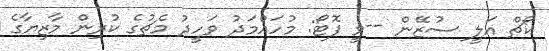
ކޯޗް އަލީ ސުޒޭން --ވީ ފޮޓޯ: މުހައްމަދު ވަހީދު މެޗުގެ ކުރިން މާޒިޔާގެ